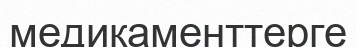
медикаменттерге